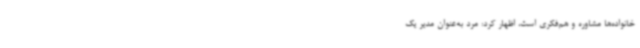
خانواده‌ها مشاوره و هم‌فکری است، اظهار کرد: مرد به‌عنوان مدیر یک